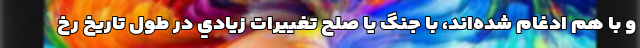
و با هم ادغام شده‌اند، با جنگ يا صلح تغييرات زيادي در طول تاريخ رخ